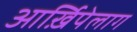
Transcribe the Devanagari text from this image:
आर्ख़िपेलाग